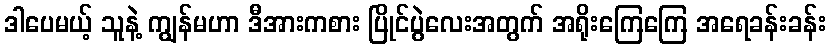
ဒါပေမယ့် သူနဲ့ ကျွန်မဟာ ဒီအားကစား ပြိုင်ပွဲလေးအတွက် အရိုးကြေကြေ အရေခန်းခန်း